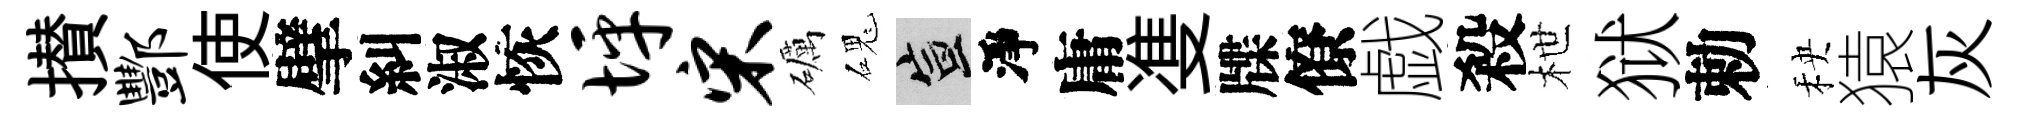
攅酆使擘糾淑恢坪宋礪磈宣淨庸㕠牒僚戯殺枻狱勅秧猿灰